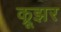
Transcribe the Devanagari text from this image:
क्रूझर